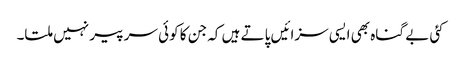
کئی بے گناہ بھی ایسی سزائیں پاتے ہیں کہ جن کا کوئی سر پیر نہیں ملتا۔